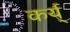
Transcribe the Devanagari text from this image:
कर्य्